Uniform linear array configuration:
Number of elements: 12
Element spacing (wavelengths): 0.75
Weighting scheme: cosine
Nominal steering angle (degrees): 30
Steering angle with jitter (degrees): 29.571
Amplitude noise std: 0.05
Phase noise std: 0.05

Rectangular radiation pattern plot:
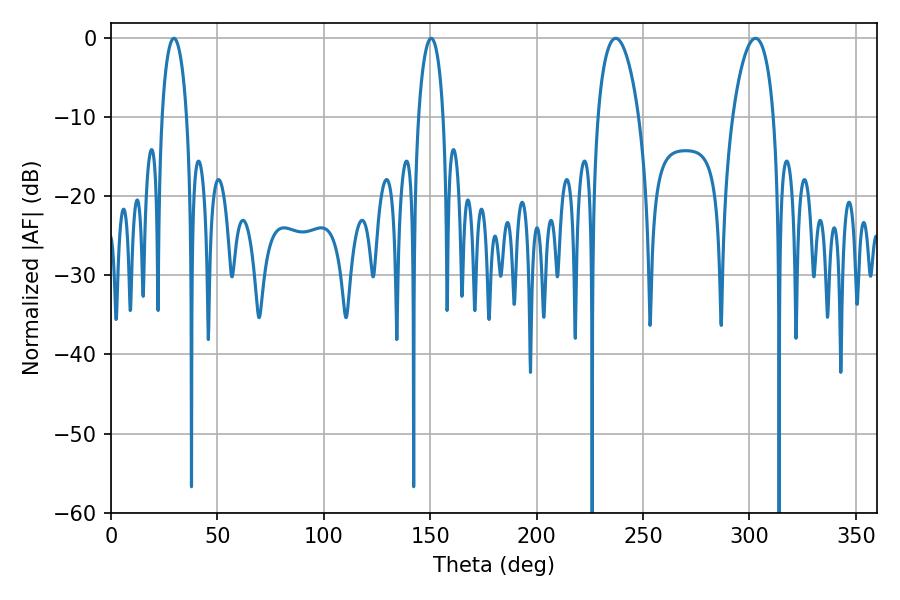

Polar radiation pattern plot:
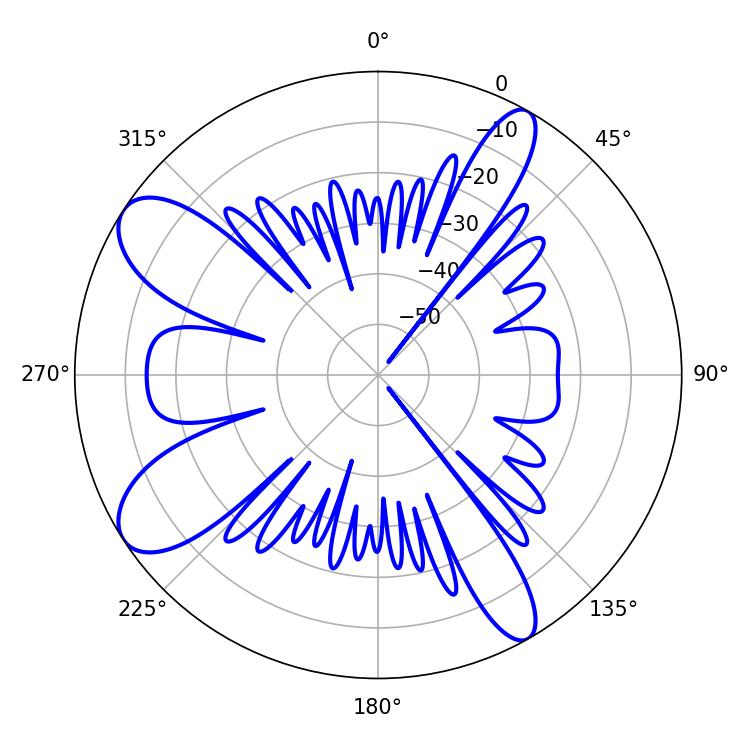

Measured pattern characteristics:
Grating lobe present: TRUE
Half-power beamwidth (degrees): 6.66
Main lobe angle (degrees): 29.52